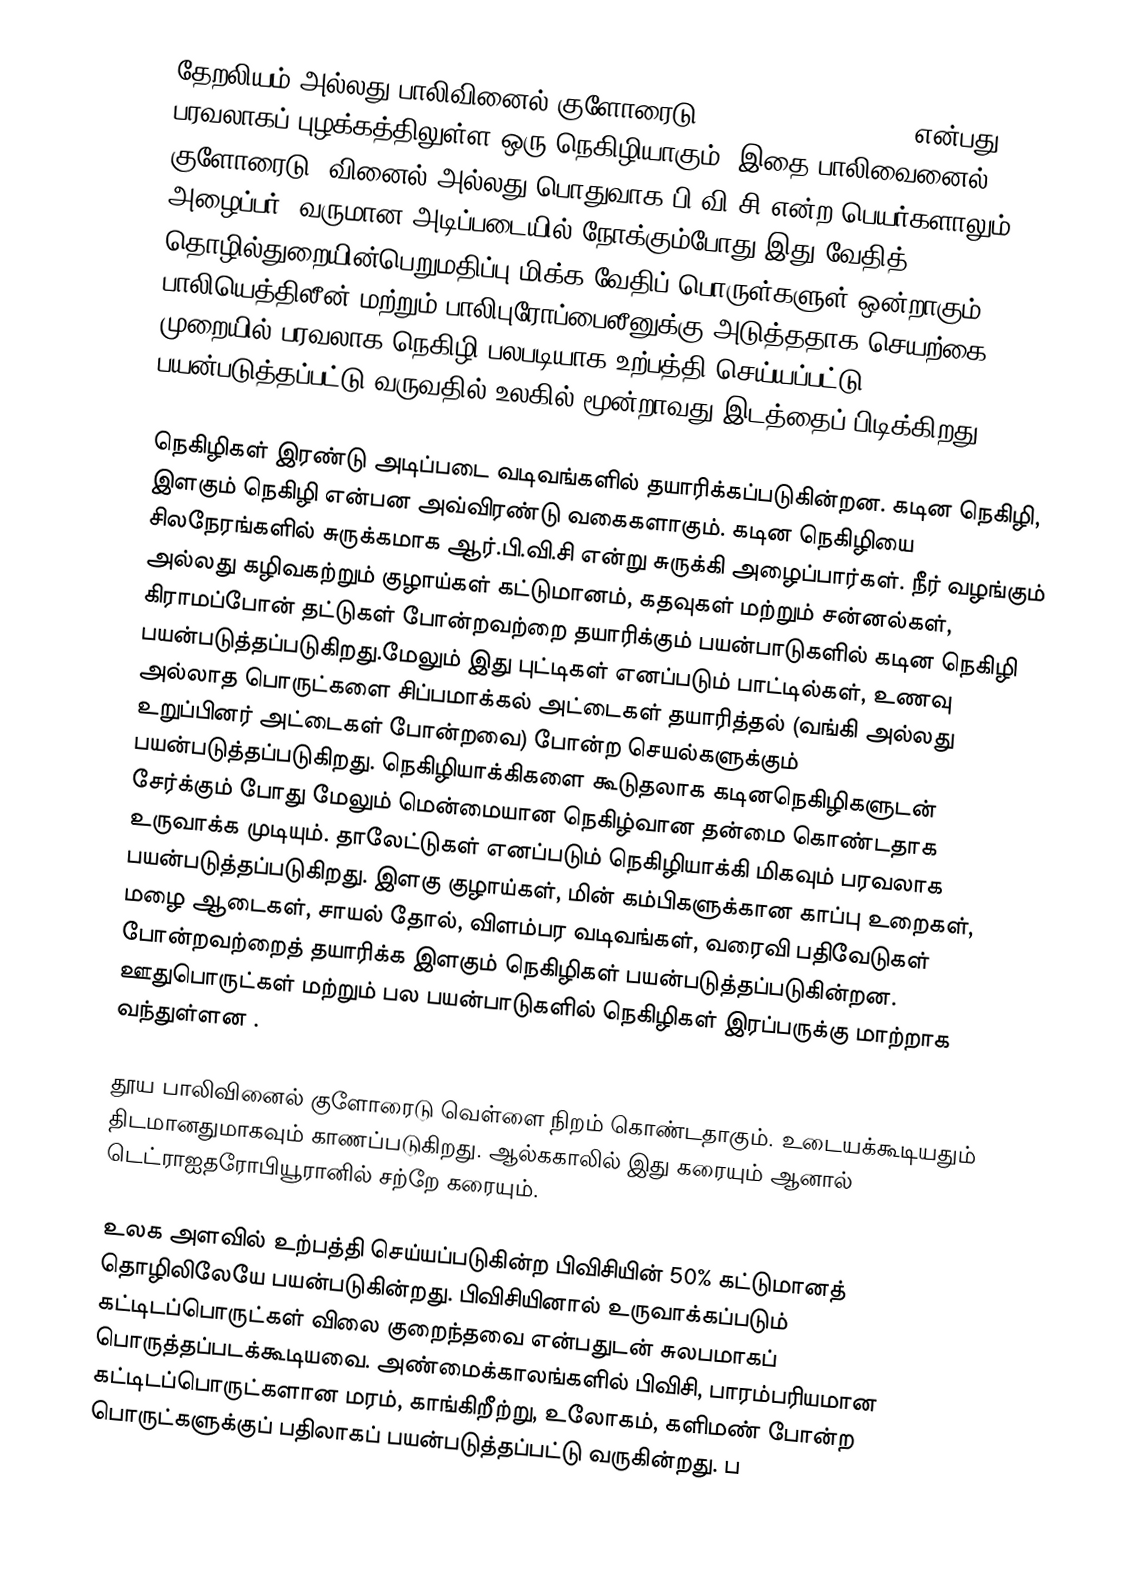
தேறலியம் அல்லது பாலிவினைல் குளோரைடு (Polyvinyl chloride)  என்பது, பரவலாகப் புழக்கத்திலுள்ள ஒரு நெகிழியாகும். இதை பாலிவைனைல் குளோரைடு, வினைல் அல்லது பொதுவாக பி.வி.சி  என்ற பெயர்களாலும் அழைப்பர். வருமான அடிப்படையில் நோக்கும்போது இது வேதித் தொழில்துறையின்பெறுமதிப்பு மிக்க வேதிப் பொருள்களுள் ஒன்றாகும். பாலியெத்திலீன் மற்றும் பாலிபுரோப்பைலீனுக்கு அடுத்ததாக செயற்கை முறையில் பரவலாக நெகிழி பலபடியாக உற்பத்தி செய்யப்பட்டு பயன்படுத்தப்பட்டு வருவதில் உலகில் மூன்றாவது இடத்தைப் பிடிக்கிறது.

நெகிழிகள் இரண்டு அடிப்படை வடிவங்களில் தயாரிக்கப்படுகின்றன. கடின நெகிழி, இளகும் நெகிழி என்பன அவ்விரண்டு வகைகளாகும். கடின நெகிழியை சிலநேரங்களில் சுருக்கமாக ஆர்.பி.வி.சி என்று சுருக்கி அழைப்பார்கள். நீர் வழங்கும் அல்லது கழிவகற்றும் குழாய்கள்  கட்டுமானம், கதவுகள் மற்றும் சன்னல்கள், கிராமப்போன் தட்டுகள்  போன்றவற்றை தயாரிக்கும் பயன்பாடுகளில் கடின நெகிழி பயன்படுத்தப்படுகிறது.மேலும் இது புட்டிகள் எனப்படும் பாட்டில்கள், உணவு அல்லாத பொருட்களை சிப்பமாக்கல் அட்டைகள் தயாரித்தல் (வங்கி அல்லது உறுப்பினர் அட்டைகள் போன்றவை) போன்ற செயல்களுக்கும் பயன்படுத்தப்படுகிறது. நெகிழியாக்கிகளை கூடுதலாக கடினநெகிழிகளுடன் சேர்க்கும் போது மேலும் மென்மையான நெகிழ்வான தன்மை கொண்டதாக உருவாக்க முடியும். தாலேட்டுகள் எனப்படும் நெகிழியாக்கி மிகவும் பரவலாக பயன்படுத்தப்படுகிறது. இளகு குழாய்கள், மின் கம்பிகளுக்கான காப்பு உறைகள், மழை ஆடைகள், சாயல் தோல், விளம்பர வடிவங்கள், வரைவி பதிவேடுகள்  போன்றவற்றைத் தயாரிக்க இளகும் நெகிழிகள் பயன்படுத்தப்படுகின்றன. ஊதுபொருட்கள் மற்றும் பல பயன்பாடுகளில் நெகிழிகள் இரப்பருக்கு மாற்றாக வந்துள்ளன .

தூய பாலிவினைல் குளோரைடு வெள்ளை நிறம் கொண்டதாகும். உடையக்கூடியதும் திடமானதுமாகவும் காணப்படுகிறது. ஆல்ககாலில் இது கரையும் ஆனால் டெட்ராஐதரோபியூரானில்  சற்றே கரையும்.

உலக அளவில் உற்பத்தி செய்யப்படுகின்ற பிவிசியின் 50% கட்டுமானத் தொழிலிலேயே பயன்படுகின்றது. பிவிசியினால் உருவாக்கப்படும் கட்டிடப்பொருட்கள் விலை குறைந்தவை என்பதுடன் சுலபமாகப் பொருத்தப்படக்கூடியவை. அண்மைக்காலங்களில் பிவிசி, பாரம்பரியமான கட்டிடப்பொருட்களான மரம், காங்கிறீற்று, உலோகம், களிமண் போன்ற பொருட்களுக்குப் பதிலாகப் பயன்படுத்தப்பட்டு வருகின்றது. ப